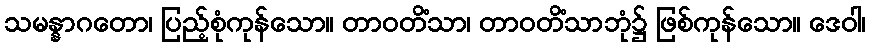
သမန္နာဂတော၊ ပြည့်စုံကုန်သော။ တာဝတိံသာ၊ တာဝတိံသာဘုံ၌ ဖြစ်ကုန်သော။ ဒေဝါ၊